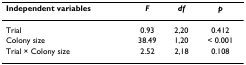
<table><thead><tr><td><b>Independent variables</b></td><td><b><i>F</i></b></td><td><b><i>df</i></b></td><td><b><i>p</i></b></td></tr></thead><tbody><tr><td>Trial</td><td>0.93</td><td>2,20</td><td>0.412</td></tr><tr><td>Colony size</td><td>38.49</td><td>1,20</td><td>&lt; 0.001</td></tr><tr><td>Trial × Colony size</td><td>2.52</td><td>2,18</td><td>0.108</td></tr></tbody></table>